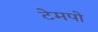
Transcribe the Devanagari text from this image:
टेमपो